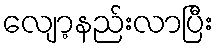
လျော့နည်းလာပြီး